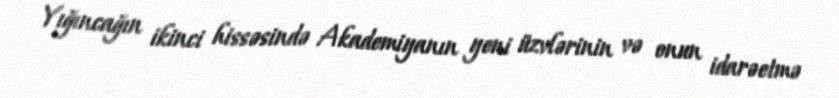
Yığıncağın ikinci hissəsində Akademiyanın yeni üzvlərinin və onun idarəetmə